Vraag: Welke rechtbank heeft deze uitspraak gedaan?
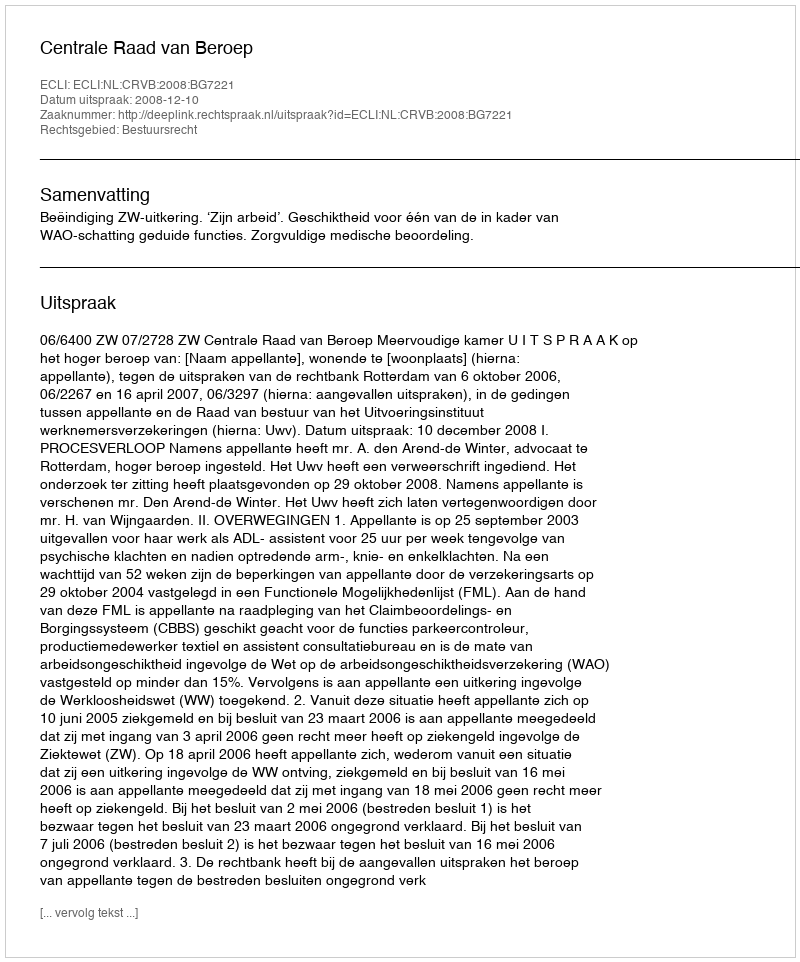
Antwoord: Centrale Raad van Beroep